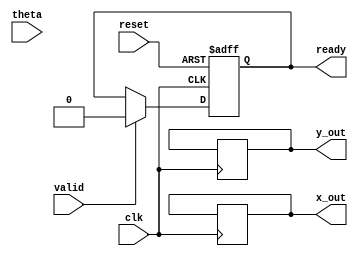
module CORDIC #(
    parameter N = 16,           // Number of iterations
    parameter DATA_WIDTH = 16,  // Data width for fixed-point representation
    parameter ADDR_WIDTH = 4     // Address width for Lookup Tables
)(
    input wire clk,              // Clock signal
    input wire reset,            // Reset signal
    input wire valid,            // Input valid signal
    input wire [DATA_WIDTH-1:0] theta, // Input angle
    output reg [DATA_WIDTH-1:0] x_out,  // Output x-coordinate
    output reg [DATA_WIDTH-1:0] y_out,  // Output y-coordinate
    output reg ready             // Output ready signal
);

// CORDIC Lookup tables
reg [DATA_WIDTH-1:0] angle_lut [0:N-1];
reg [DATA_WIDTH-1:0] scale_lut [0:N-1];

// Initialize angle and scale factor LUTs
initial begin
    // Example precomputed angles and scale factors (in fixed-point)
    // Populate angle_lut[i] with atan(2^-i) values
    // Populate scale_lut[i] with the corresponding scaling factors
    angle_lut[0] = 16'h26B2; // 0.4142 in fixed point (atan(1))
    angle_lut[1] = 16'h1C71; // 0.1974 in fixed point (atan(0.5))
    // ... Continue filling in the angle LUT
    scale_lut[0] = 16'h4021; // Example scaling factor
    scale_lut[1] = 16'h1C71; // Continue filling in scale factors
    // ... Continue for N iterations
end

// CORDIC iteration state variables
reg [DATA_WIDTH-1:0] x, y;
reg [DATA_WIDTH-1:0] current_theta;
reg [3:0] iter_count;       // Iteration counter
reg [1:0] direction;        // Direction: 1 (positive), 0 (negative)

// State machine to control iterations
always @(posedge clk or posedge reset) begin
    if (reset) begin
        // Reset the state machine variables
        x <= 16'h0001;          // Initial x = 1
        y <= 16'h0000;          // Initial y = 0
        current_theta <= 16'h0000; // Zero angle
        iter_count <= 0;
        ready <= 0;
        
    end else if (valid) begin
        // Capture input angle and initialize
        current_theta <= theta;
        iter_count <= 0;
        ready <= 0; 
        
    end else if (iter_count < N) begin
        // Determine the direction based on current angle
        if (current_theta >= 0) begin
            direction <= 1; // Counterclockwise
            current_theta <= current_theta - angle_lut[iter_count];
        end else begin
            direction <= 0; // Clockwise
            current_theta <= current_theta + angle_lut[iter_count];
        end
        
        // CORDIC rotation equations
        if(direction) begin
            x <= x - (y >>> iter_count);
            y <= y + (x >>> iter_count);
        end else begin
            x <= x + (y >>> iter_count);
            y <= y - (x >>> iter_count);
        end
        
        // Increment iteration counter
        iter_count <= iter_count + 1;
        
    end else if (iter_count == N) begin
        // Apply scale factor to final results
        x_out <= (x * scale_lut[N-1]) >>> 14; // Adjust scaling based on fixed point
        y_out <= (y * scale_lut[N-1]) >>> 14; // Adjust scaling
        ready <= 1;  // Indicate readiness of outputs
    end
end

endmodule